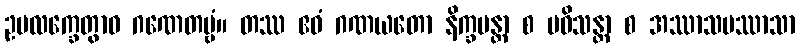
ဥပလက္ခေတွာဝ ဂဏေတဗ္ဗံ။ တဿ ဧဝံ ဂဏယတော နိက္ခမန္တာ စ ပဝိသန္တာ စ အဿာသပဿာသာ